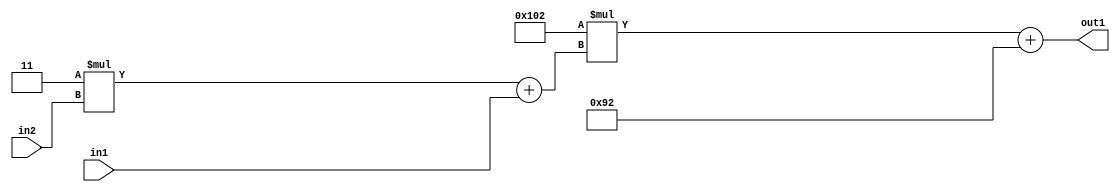
`timescale 1ps / 1ps
/*****************************************************************************
    Verilog RTL Description
    
    
    Created by: Stratus DpOpt 2019.1.01 
*******************************************************************************/

module DC_Filter_Add2i146Mul2i258Add2u1Mul2i3u2_4 (
	in2,
	in1,
	out1
	); /* architecture "behavioural" */ 
input [1:0] in2;
input  in1;
output [11:0] out1;
wire [11:0] asc001;
wire [3:0] asc002;

wire [3:0] asc002_tmp_0;
assign asc002_tmp_0 = 
	+(4'B0011 * in2);
assign asc002 = asc002_tmp_0
	+(in1);

wire [11:0] asc001_tmp_1;
assign asc001_tmp_1 = 
	+(12'B000100000010 * asc002);
assign asc001 = asc001_tmp_1
	+(12'B000010010010);

assign out1 = asc001;
endmodule

/* CADENCE  v7X0SQg= : u9/ySgnWtBlWxVPRXgAZ4Og= ** DO NOT EDIT THIS LINE ******/